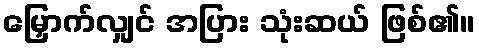
မြှောက်လျှင် အပြား သုံးဆယ် ဖြစ်၏။